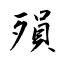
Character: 殞